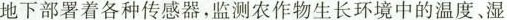
地下部署着各种传感器，监测农作物生长环境中的温度、湿